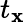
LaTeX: t_{\mathbf{x}}